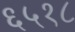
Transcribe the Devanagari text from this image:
६५१८